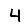
Digit: 4